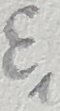
Text: E1